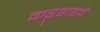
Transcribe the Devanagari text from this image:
कऱ्हाडचे